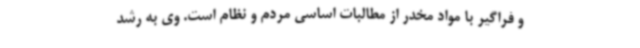
و فراگیر با مواد مخدر از مطالبات اساسی مردم و نظام است. وی به رشد